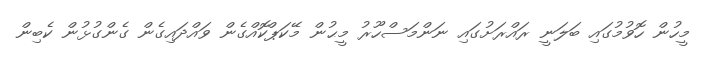
މީހުން ހޮވުމުގައި ބަލަނީ ރައްރަށުގައި ނަންމަސްހޫރު މީޙުން މޭކަޕްކޮއްގެން ވައްދައިގެން ގެންގުޅުން ކެބިން